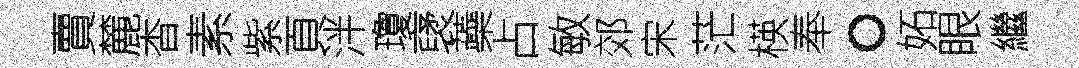
賣麓杳素紫頁泮瓊裦蘃占敏郊宋茫楧奉。妬眼繼